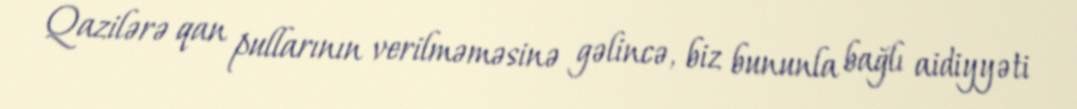
Qazilərə qan pullarının verilməməsinə gəlincə, biz bununla bağlı aidiyyəti